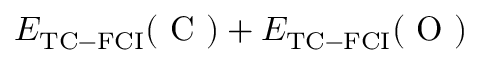
E _ { \mathrm { { T C - F C I } } } ( \mathrm { ~ C ~ } ) + E _ { \mathrm { { T C - F C I } } } ( \mathrm { ~ O ~ } )